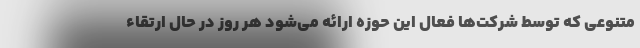
متنوعی که توسط شرکت‌ها فعال این حوزه ارائه می‌شود هر روز در حال ارتقاء